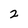
Character: 2